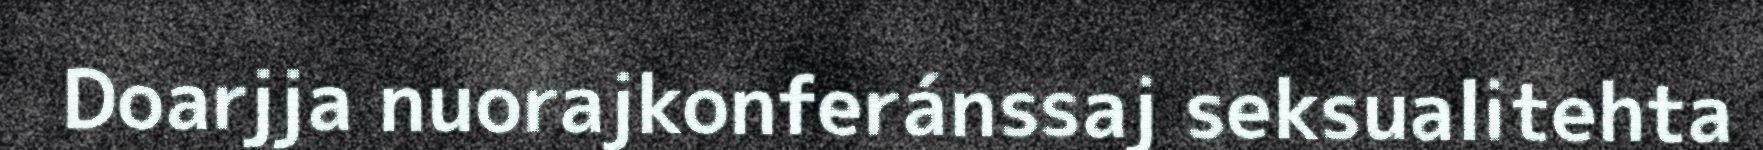
Doarjja nuorajkonferánssaj seksualitehta